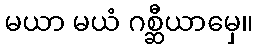
မယာ မယံ ဂစ္ဆီယာမှေ။